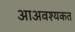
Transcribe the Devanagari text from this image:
आअवश्यकत